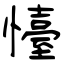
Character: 懛